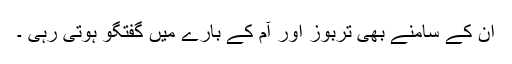
اُن کے سامنے بھی تربوز اور آم کے بارے میں گفتگو ہوتی رہی ۔